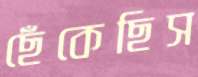
ছেঁকেছিস